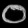
Digit: ၀